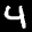
Label: 4